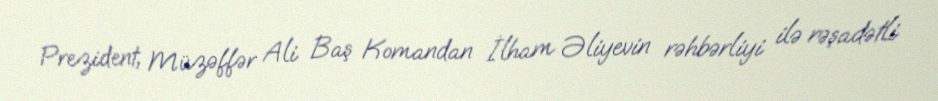
Prezident, Müzəffər Ali Baş Komandan İlham Əliyevin rəhbərliyi ilə rəşadətli